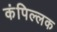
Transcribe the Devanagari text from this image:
कंपिल्लक